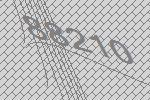
88210